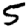
Digit: 5